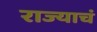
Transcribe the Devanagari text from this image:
राज्याचं